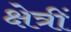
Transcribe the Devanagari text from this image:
क्षेत्रीं